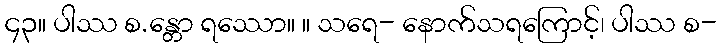
၄၃။ ပါဿ စ.န္တော ရဿော။ ။ သရေ- နောက်သရကြောင့်၊ ပါဿ စ-